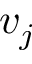
v _ { j }